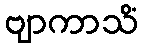
ဗျာကာသိံ